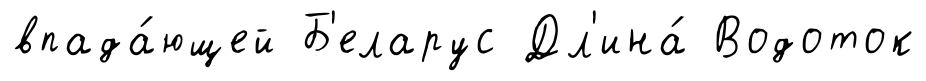
впада́ющей Б'еларус Дл'ина́ Водоток